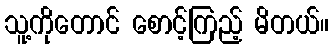
သူ့ကိုတောင် စောင့်ကြည့် မိတယ်။